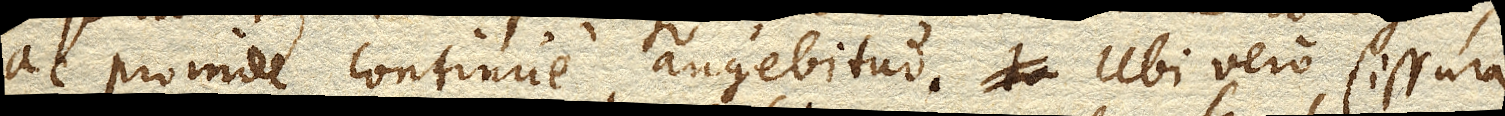
ac proinde continue augebitur. Ubi vero fissura